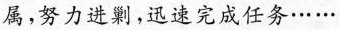
属，努力进剿，迅速完成任务……